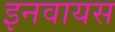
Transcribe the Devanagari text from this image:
इनवायस